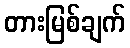
တားမြစ်ချက်